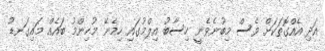
އަދި އެއްގޮތަކަށް ވެސް މިބުނެވެނީ ހިސާބު އިލްމުގައި ހިމެނޭ މުހިންމު ބައެއް މައިގަނޑު